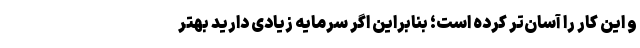
و این کار را آسان‌تر کرده است؛ بنابراین اگر سرمایه زیادی دارید بهتر